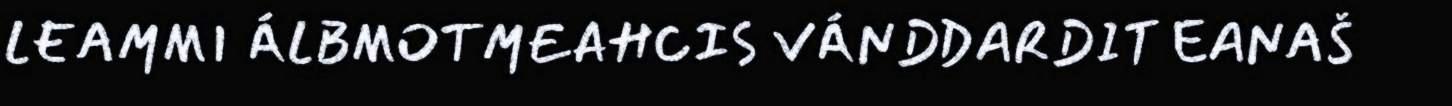
LEAMMI ÁLBMOTMEAHCIS VÁNDDARDIT EANAŠ